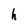
Character: h